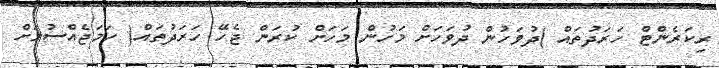
ރިކަރެންޓް ހަރަދުތައް )ދުވަހުން ދުވަހަށް މަހުން މަހަށް ކުރަން ޖެހޭ ހަރަދުތައް( ހަމަޖެއްސުމަށް